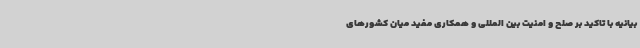
بیانیه با تاکید بر صلح و امنیت بین المللی و همکاری مفید میان کشورهای